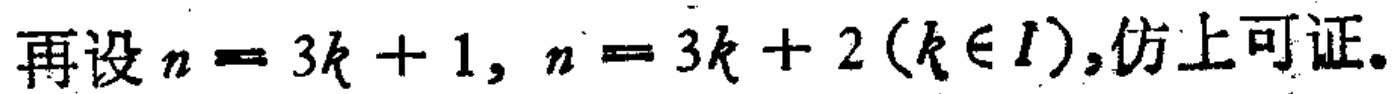
再设\(n = 3k + 1, n = 3k + 2(k\in I)\),仿上可证。